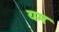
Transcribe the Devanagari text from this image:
यमः